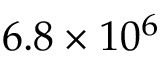
6 . 8 \times 1 0 ^ { 6 }